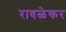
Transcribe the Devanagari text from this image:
रावळेकर